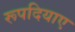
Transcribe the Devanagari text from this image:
रूपदियाए